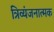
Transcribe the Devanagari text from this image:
त्रिव्यंजनात्मक